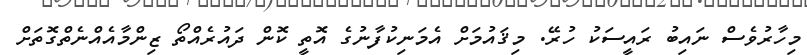
މިހާރުވެސް ނައިބު ރައީސަކު ހުރޭ. މިޤައުމަށް އެމަނިކުފާނުގެ އޮތީ ކޮން ދައުރެއްތޯޯ ޒިންމާއެއްނެތްގޮތަށް